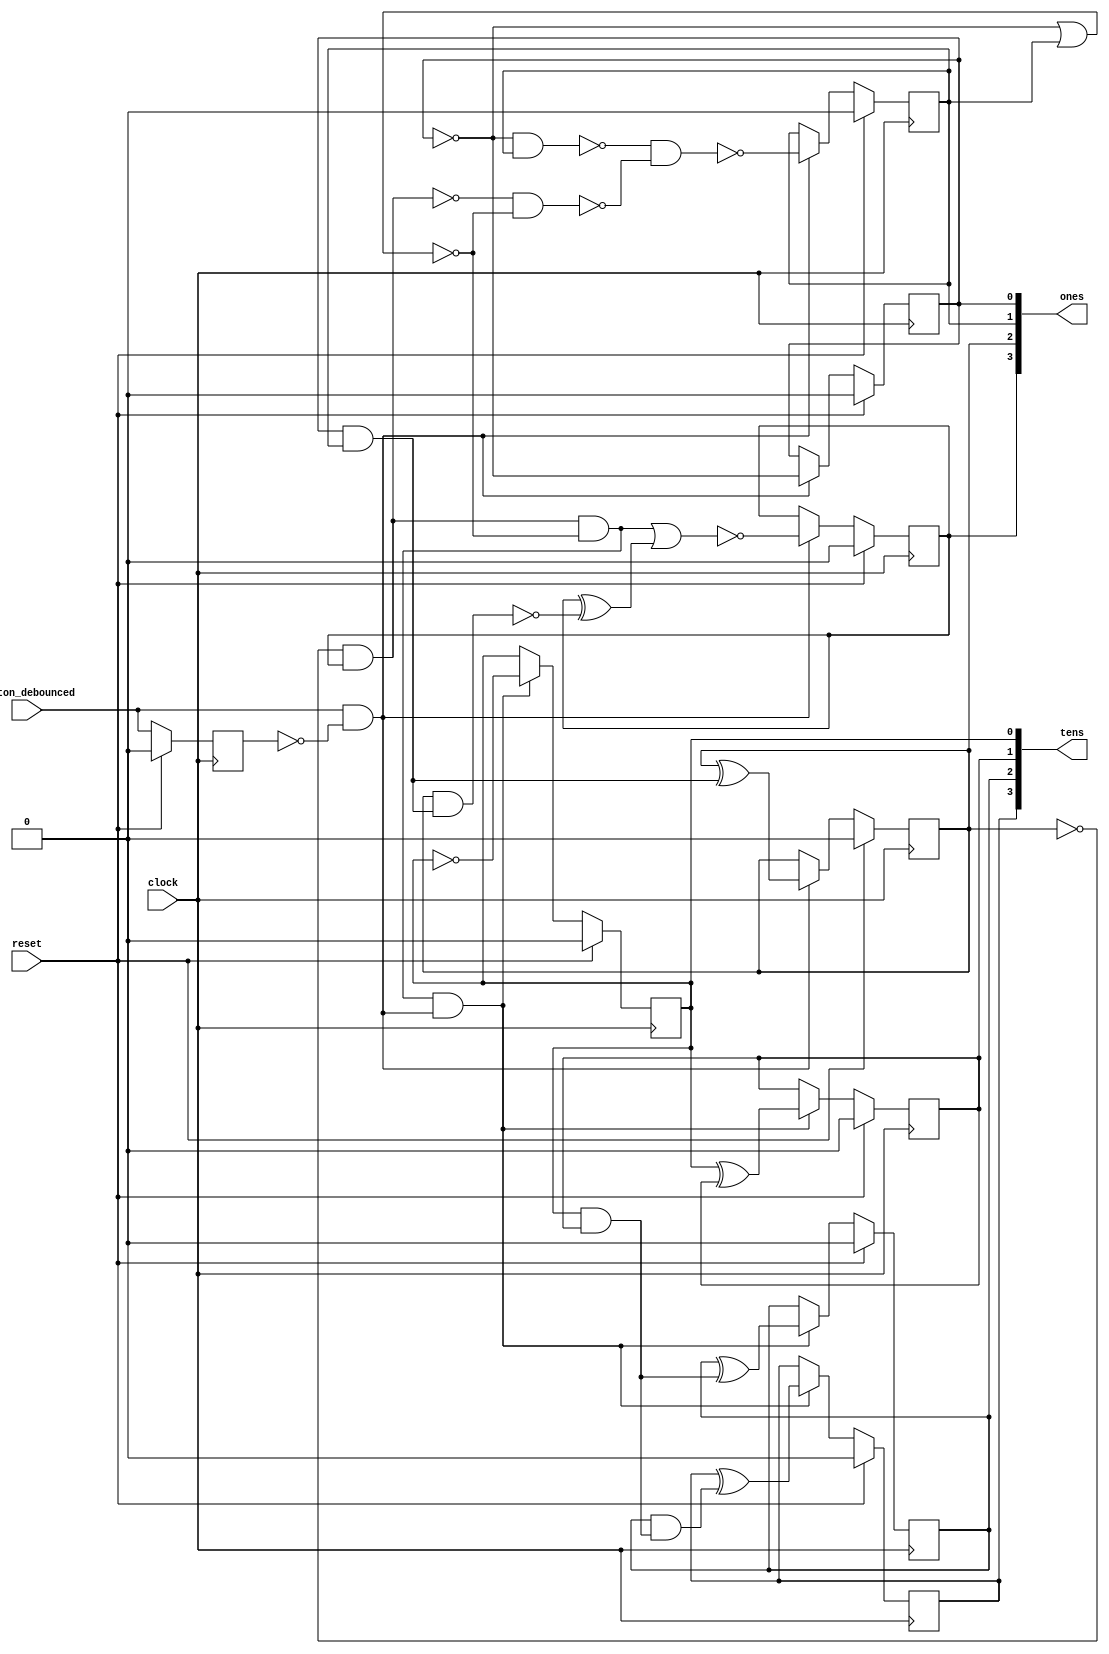
/* Generated by Yosys 0.16+6 (git sha1 e0ba32423, clang 11.0.1-2 -fPIC -Os) */

module counter(clock, reset, button_debounced, ones, tens);
  wire _00_;
  wire _01_;
  wire _02_;
  wire _03_;
  wire _04_;
  wire _05_;
  wire _06_;
  wire _07_;
  wire _08_;
  wire _09_;
  wire _10_;
  wire _11_;
  wire _12_;
  wire _13_;
  wire _14_;
  wire _15_;
  wire _16_;
  wire _17_;
  wire _18_;
  (* force_downto = 32'd1 *)
  (* src = "/usr/local/bin/../share/yosys/techmap.v:270.23-270.24" *)
  wire [3:0] _19_;
  (* force_downto = 32'd1 *)
  (* src = "/usr/local/bin/../share/yosys/techmap.v:270.26-270.27" *)
  wire [3:0] _20_;
  input button_debounced;
  wire button_debounced;
  reg button_debounced_reg;
  input clock;
  wire clock;
  output [3:0] ones;
  wire [3:0] ones;
  reg [3:0] ones_reg;
  input reset;
  wire reset;
  output [3:0] tens;
  wire [3:0] tens;
  reg [3:0] tens_reg;
  assign _19_[0] = ~tens_reg[0];
  assign _01_ = ~ones_reg[0];
  assign _06_ = ~ones_reg[2];
  assign _07_ = ~button_debounced_reg;
  assign _08_ = ~(_01_ & ones_reg[1]);
  assign _09_ = _06_ & ones_reg[3];
  assign _10_ = ~(_06_ & ones_reg[3]);
  assign _11_ = ~(_01_ | ones_reg[1]);
  assign _12_ = ~(_10_ & _11_);
  assign _13_ = ones_reg[0] & ones_reg[1];
  assign _02_ = ~(_08_ & _12_);
  assign _14_ = ~(ones_reg[2] & _13_);
  assign _03_ = ones_reg[2] ^ _13_;
  assign _15_ = _09_ & _11_;
  assign _16_ = ones_reg[3] ^ _14_;
  assign _04_ = ~(_15_ | _16_);
  assign _00_ = button_debounced & _07_;
  assign _05_ = _15_ & _00_;
  assign _17_ = tens_reg[0] & tens_reg[1];
  assign _20_[1] = tens_reg[0] ^ tens_reg[1];
  assign _18_ = tens_reg[2] & _17_;
  assign _20_[2] = tens_reg[2] ^ _17_;
  assign _20_[3] = tens_reg[3] ^ _18_;
  always @(posedge clock)
    if (reset) button_debounced_reg <= 1'h0;
    else button_debounced_reg <= button_debounced;
  always @(posedge clock)
    if (reset) ones_reg[0] <= 1'h0;
    else if (_00_) ones_reg[0] <= _01_;
  always @(posedge clock)
    if (reset) ones_reg[1] <= 1'h0;
    else if (_00_) ones_reg[1] <= _02_;
  always @(posedge clock)
    if (reset) ones_reg[2] <= 1'h0;
    else if (_00_) ones_reg[2] <= _03_;
  always @(posedge clock)
    if (reset) ones_reg[3] <= 1'h0;
    else if (_00_) ones_reg[3] <= _04_;
  always @(posedge clock)
    if (reset) tens_reg[0] <= 1'h0;
    else if (_05_) tens_reg[0] <= _19_[0];
  always @(posedge clock)
    if (reset) tens_reg[1] <= 1'h0;
    else if (_05_) tens_reg[1] <= _20_[1];
  always @(posedge clock)
    if (reset) tens_reg[2] <= 1'h0;
    else if (_05_) tens_reg[2] <= _20_[2];
  always @(posedge clock)
    if (reset) tens_reg[3] <= 1'h0;
    else if (_05_) tens_reg[3] <= _20_[3];
  assign _19_[3:1] = tens_reg[3:1];
  assign _20_[0] = _19_[0];
  assign ones = ones_reg;
  assign tens = tens_reg;
endmodule

module counter_top(clock, reset, button, ones, tens);
  input button;
  wire button;
  wire button_debounced;
  input clock;
  wire clock;
  output [3:0] ones;
  wire [3:0] ones;
  input reset;
  wire reset;
  output [3:0] tens;
  wire [3:0] tens;
  counter counter_component (
    .button_debounced(button_debounced),
    .clock(clock),
    .ones(ones),
    .reset(reset),
    .tens(tens)
  );
  debouncer debouncer_component (
    .button(button),
    .button_debounced(button_debounced),
    .clock(clock),
    .reset(reset)
  );
endmodule

module debouncer(clock, reset, button, button_debounced);
  wire _000_;
  wire _001_;
  wire _002_;
  wire _003_;
  wire _004_;
  wire _005_;
  wire _006_;
  wire _007_;
  wire _008_;
  wire _009_;
  wire _010_;
  wire _011_;
  wire _012_;
  wire _013_;
  wire _014_;
  wire _015_;
  wire _016_;
  wire _017_;
  wire _018_;
  wire _019_;
  wire _020_;
  wire _021_;
  wire _022_;
  wire _023_;
  wire _024_;
  wire _025_;
  wire _026_;
  wire _027_;
  wire _028_;
  wire _029_;
  wire _030_;
  wire _031_;
  wire _032_;
  wire _033_;
  wire _034_;
  (* force_downto = 32'd1 *)
  (* src = "/usr/local/bin/../share/yosys/techmap.v:270.23-270.24" *)
  wire [15:0] _035_;
  (* force_downto = 32'd1 *)
  (* src = "/usr/local/bin/../share/yosys/techmap.v:270.26-270.27" *)
  wire [15:0] _036_;
  input button;
  wire button;
  output button_debounced;
  wire button_debounced;
  reg button_debounced_reg;
  input clock;
  wire clock;
  reg [15:0] counter_reg;
  reg last_button_reg;
  input reset;
  wire reset;
  assign _035_[0] = ~counter_reg[0];
  assign _003_ = ~counter_reg[5];
  assign _004_ = ~counter_reg[11];
  assign _005_ = ~counter_reg[12];
  assign _006_ = last_button_reg ^ button;
  assign _001_ = reset | _006_;
  assign _007_ = _003_ & counter_reg[4];
  assign _008_ = ~(counter_reg[7] | counter_reg[6]);
  assign _009_ = _007_ & _008_;
  assign _010_ = ~(counter_reg[1] | counter_reg[0]);
  assign _011_ = ~(counter_reg[3] | counter_reg[2]);
  assign _012_ = _010_ & _011_;
  assign _013_ = _009_ & _012_;
  assign _014_ = _005_ & counter_reg[13];
  assign _015_ = ~(counter_reg[15] | counter_reg[14]);
  assign _016_ = _014_ & _015_;
  assign _017_ = counter_reg[9] & counter_reg[8];
  assign _018_ = _004_ & counter_reg[10];
  assign _019_ = _017_ & _018_;
  assign _020_ = _016_ & _019_;
  assign _002_ = ~(_013_ & _020_);
  assign _000_ = ~(_006_ | _002_);
  assign _021_ = counter_reg[1] & counter_reg[0];
  assign _036_[1] = ~(_010_ | _021_);
  assign _022_ = counter_reg[2] & _021_;
  assign _036_[2] = counter_reg[2] ^ _021_;
  assign _023_ = counter_reg[3] & _022_;
  assign _036_[3] = counter_reg[3] ^ _022_;
  assign _024_ = counter_reg[4] & _023_;
  assign _036_[4] = counter_reg[4] ^ _023_;
  assign _025_ = counter_reg[5] & _024_;
  assign _036_[5] = counter_reg[5] ^ _024_;
  assign _026_ = counter_reg[6] & _025_;
  assign _036_[6] = counter_reg[6] ^ _025_;
  assign _027_ = counter_reg[7] & _026_;
  assign _036_[7] = counter_reg[7] ^ _026_;
  assign _028_ = counter_reg[8] & _027_;
  assign _036_[8] = counter_reg[8] ^ _027_;
  assign _029_ = counter_reg[9] & _028_;
  assign _036_[9] = counter_reg[9] ^ _028_;
  assign _030_ = counter_reg[10] & _029_;
  assign _036_[10] = counter_reg[10] ^ _029_;
  assign _031_ = counter_reg[11] & _030_;
  assign _036_[11] = counter_reg[11] ^ _030_;
  assign _032_ = counter_reg[12] & _031_;
  assign _036_[12] = counter_reg[12] ^ _031_;
  assign _033_ = counter_reg[13] & _032_;
  assign _036_[13] = counter_reg[13] ^ _032_;
  assign _034_ = counter_reg[14] & _033_;
  assign _036_[14] = counter_reg[14] ^ _033_;
  assign _036_[15] = counter_reg[15] ^ _034_;
  always @(posedge clock)
    if (_001_) counter_reg[0] <= 1'h0;
    else if (_002_) counter_reg[0] <= _035_[0];
  always @(posedge clock)
    if (_001_) counter_reg[1] <= 1'h0;
    else if (_002_) counter_reg[1] <= _036_[1];
  always @(posedge clock)
    if (_001_) counter_reg[2] <= 1'h0;
    else if (_002_) counter_reg[2] <= _036_[2];
  always @(posedge clock)
    if (_001_) counter_reg[3] <= 1'h0;
    else if (_002_) counter_reg[3] <= _036_[3];
  always @(posedge clock)
    if (_001_) counter_reg[4] <= 1'h0;
    else if (_002_) counter_reg[4] <= _036_[4];
  always @(posedge clock)
    if (_001_) counter_reg[5] <= 1'h0;
    else if (_002_) counter_reg[5] <= _036_[5];
  always @(posedge clock)
    if (_001_) counter_reg[6] <= 1'h0;
    else if (_002_) counter_reg[6] <= _036_[6];
  always @(posedge clock)
    if (_001_) counter_reg[7] <= 1'h0;
    else if (_002_) counter_reg[7] <= _036_[7];
  always @(posedge clock)
    if (_001_) counter_reg[8] <= 1'h0;
    else if (_002_) counter_reg[8] <= _036_[8];
  always @(posedge clock)
    if (_001_) counter_reg[9] <= 1'h0;
    else if (_002_) counter_reg[9] <= _036_[9];
  always @(posedge clock)
    if (_001_) counter_reg[10] <= 1'h0;
    else if (_002_) counter_reg[10] <= _036_[10];
  always @(posedge clock)
    if (_001_) counter_reg[11] <= 1'h0;
    else if (_002_) counter_reg[11] <= _036_[11];
  always @(posedge clock)
    if (_001_) counter_reg[12] <= 1'h0;
    else if (_002_) counter_reg[12] <= _036_[12];
  always @(posedge clock)
    if (_001_) counter_reg[13] <= 1'h0;
    else if (_002_) counter_reg[13] <= _036_[13];
  always @(posedge clock)
    if (_001_) counter_reg[14] <= 1'h0;
    else if (_002_) counter_reg[14] <= _036_[14];
  always @(posedge clock)
    if (_001_) counter_reg[15] <= 1'h0;
    else if (_002_) counter_reg[15] <= _036_[15];
  always @(posedge clock)
    if (reset) button_debounced_reg <= 1'h0;
    else if (_000_) button_debounced_reg <= last_button_reg;
  always @(posedge clock)
    if (reset) last_button_reg <= 1'h0;
    else last_button_reg <= button;
  assign _035_[15:1] = counter_reg[15:1];
  assign _036_[0] = _035_[0];
  assign button_debounced = button_debounced_reg;
endmodule